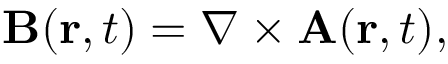
\mathbf { B } ( \mathbf { r } , t ) = \nabla \times \mathbf { A } ( \mathbf { r } , t ) ,